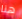
هنا